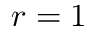
r = 1